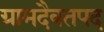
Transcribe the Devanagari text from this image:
ग्रामदैवतपद